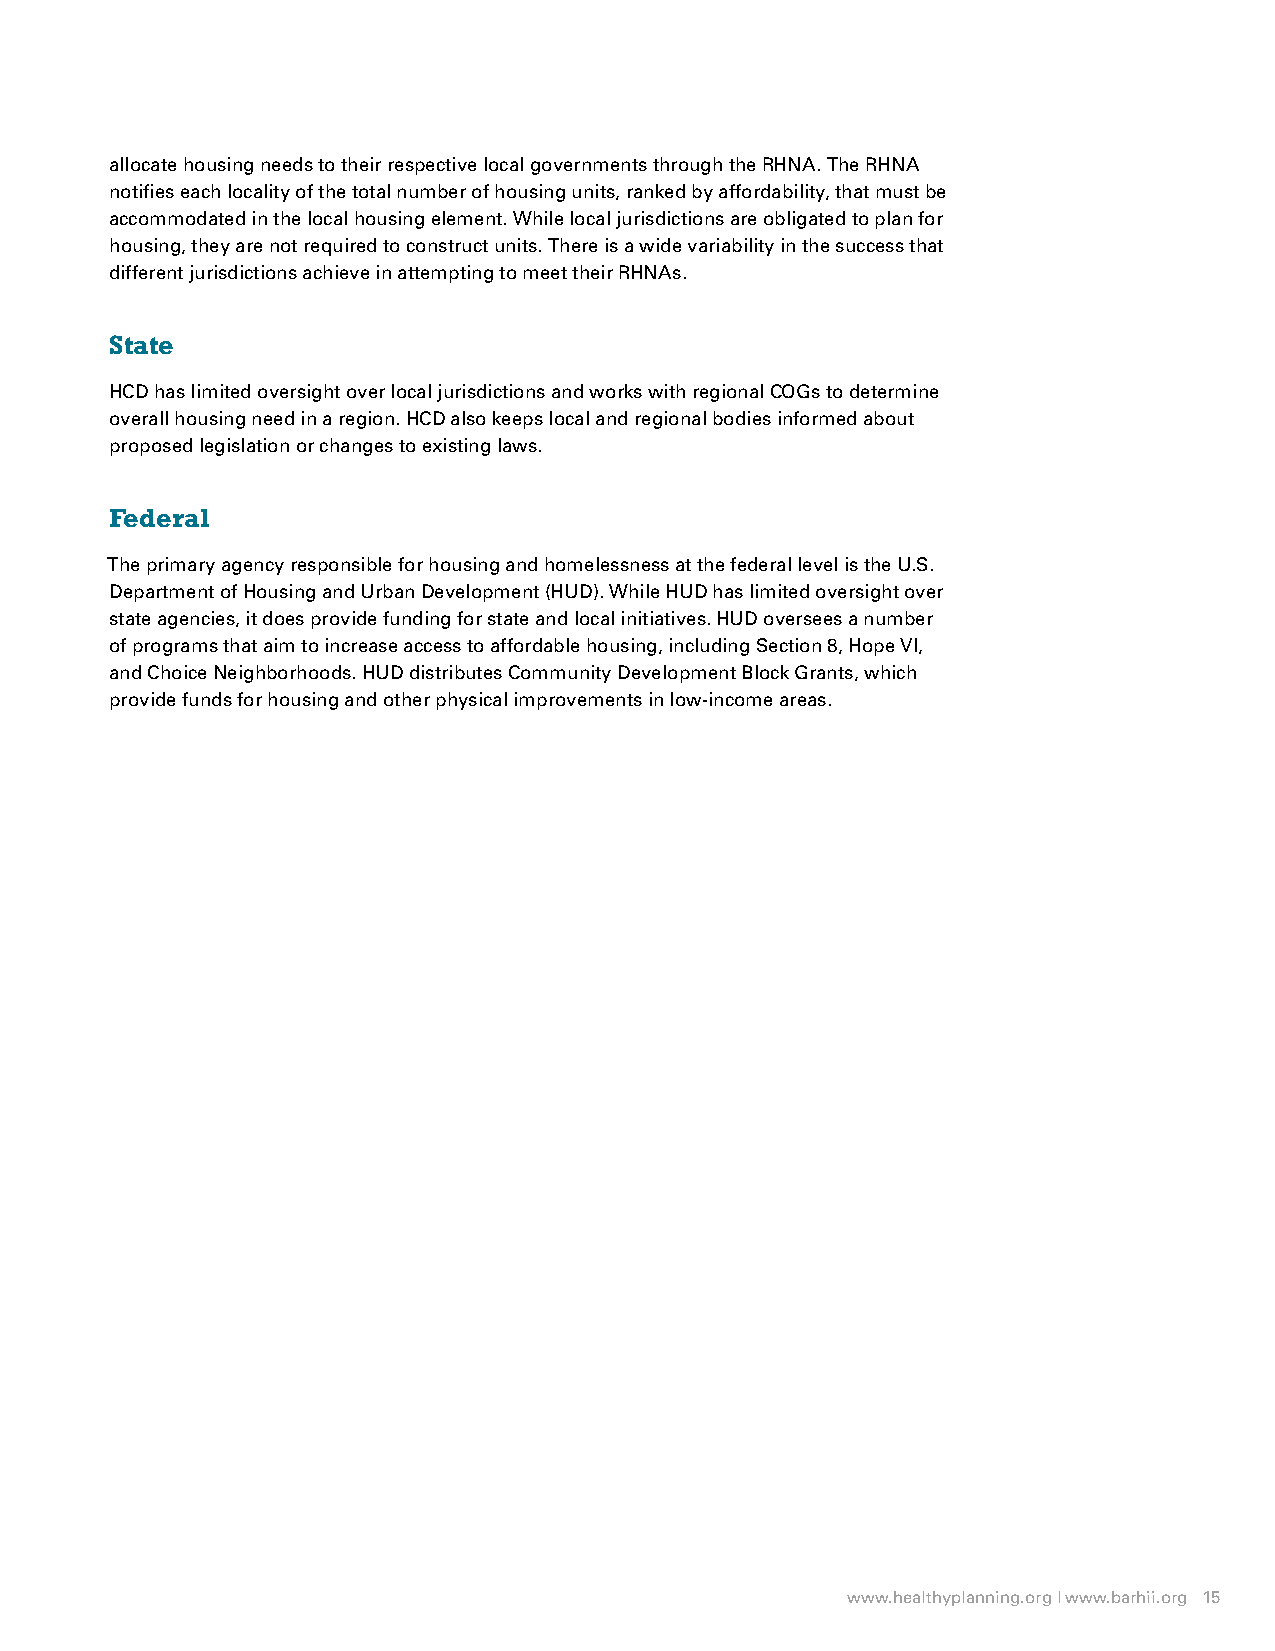
allocate housing needs to their respective local governments through the RHNA. The RHNA
 notifies each locality of the total number of housing units, ranked by affordability, that must be
 accommodated in the local housing element. While local jurisdictions are obligated to plan for
 housing, they are not required to construct units. There is a wide variability in the success that
 different jurisdictions achieve in attempting to meet their RHNAs.
 State
 HCD has limited oversight over local jurisdictions and works with regional COGs to determine
 overall housing need in a region. HCD also keeps local and regional bodies informed about
 proposed legislation or changes to existing laws.
 Federal
 The primary agency responsible for housing and homelessness at the federal level is the U.S.
 Department of Housing and Urban Development (HUD). While HUD has limited oversight over
 state agencies, it does provide funding for state and local initiatives. HUD oversees a number
 of programs that aim to increase access to affordable housing, including Section 8, Hope VI,
 and Choice Neighborhoods. HUD distributes Community Development Block Grants, which
 provide funds for housing and other physical improvements in low-income areas.
 www.healthyplanning.org | www.barhii.org 15